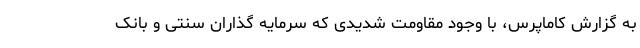
به گزارش کاماپرس، با وجود مقاومت شدیدی که سرمایه گذاران سنتی و بانک